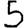
Digit: 5